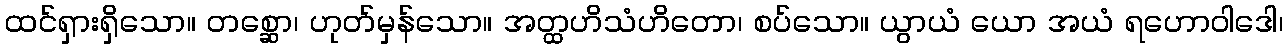
ထင်ရှားရှိသော။ တစ္ဆော၊ ဟုတ်မှန်သော။ အတ္ထဟိသံဟိတော၊ စပ်သော။ ယွာယံ ယော အယံ ရဟောဝါဒေါ၊